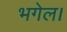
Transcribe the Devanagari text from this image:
भगेल।